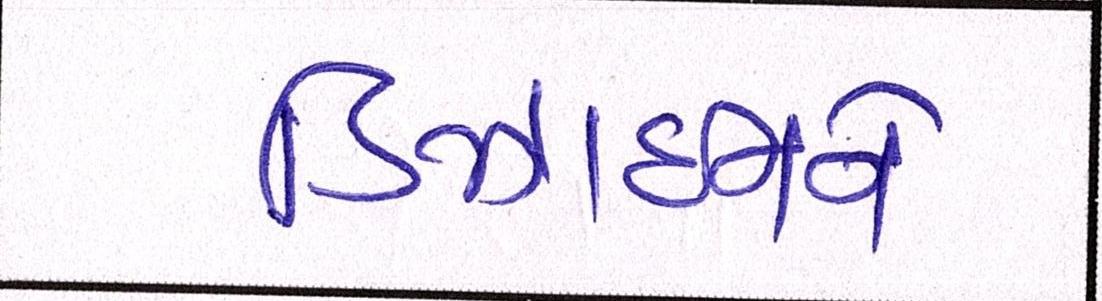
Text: ડિઝાઈનને